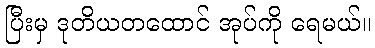
ပြီးမှ ဒုတိယတထောင် အုပ်ကို ရေမယ်။